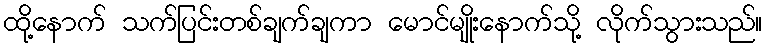
ထို့နောက် သက်ပြင်းတစ်ချက်ချကာ မောင်မျိုးနောက်သို့ လိုက်သွားသည်။